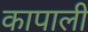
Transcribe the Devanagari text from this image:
कापाली